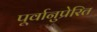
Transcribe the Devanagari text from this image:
पूर्वानुप्रेरित